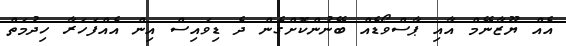
އެއް ޔޫޒާނޭމް އާއި ޕާސްވޯޑެއް ބޭނުންކޮށްގެން ދެ ޑިވައިސް އިން އެއްފަހަރާ ހިދުމަތް